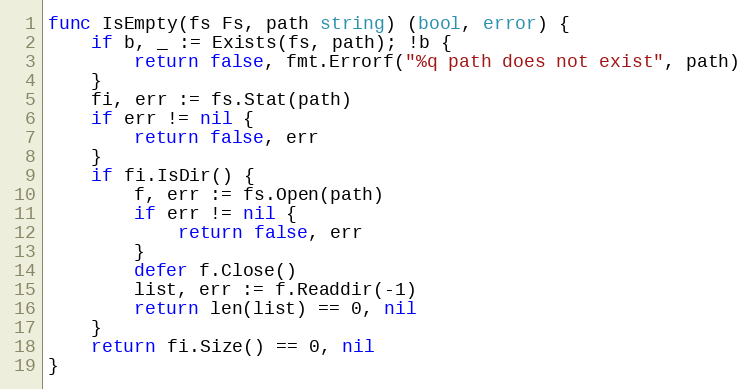
Language: Go
func IsEmpty(fs Fs, path string) (bool, error) {
	if b, _ := Exists(fs, path); !b {
		return false, fmt.Errorf("%q path does not exist", path)
	}
	fi, err := fs.Stat(path)
	if err != nil {
		return false, err
	}
	if fi.IsDir() {
		f, err := fs.Open(path)
		if err != nil {
			return false, err
		}
		defer f.Close()
		list, err := f.Readdir(-1)
		return len(list) == 0, nil
	}
	return fi.Size() == 0, nil
}